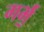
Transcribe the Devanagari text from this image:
गर्भं॒